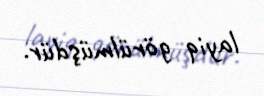
layiq görülmüşdür.